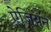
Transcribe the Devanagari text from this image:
ऐजियन